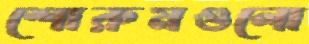
শোরুমগুলো